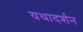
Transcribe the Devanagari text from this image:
यथादर्शन